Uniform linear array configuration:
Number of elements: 64
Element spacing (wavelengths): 0.75
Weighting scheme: uniform
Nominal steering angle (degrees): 15
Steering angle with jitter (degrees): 15.488
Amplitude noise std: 0.05
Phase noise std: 0.05

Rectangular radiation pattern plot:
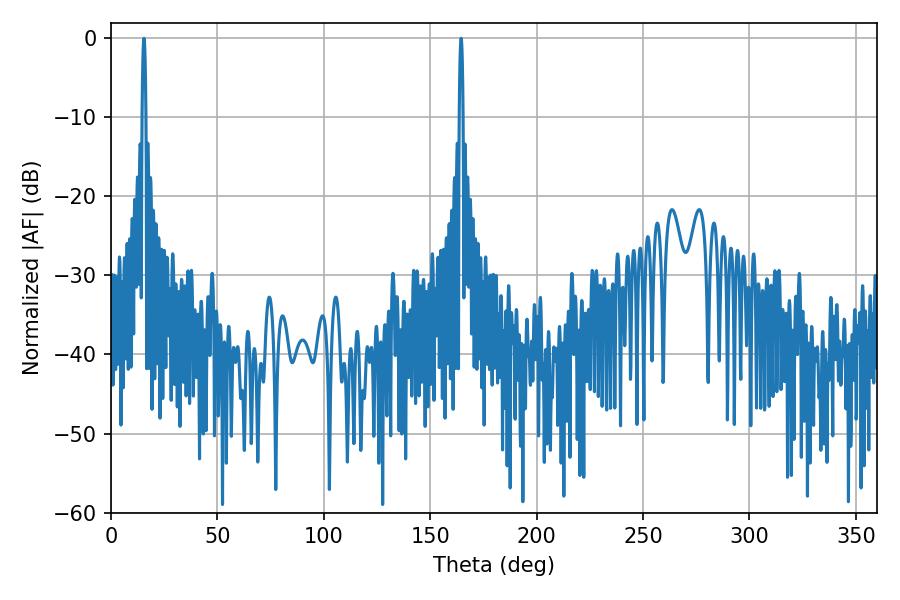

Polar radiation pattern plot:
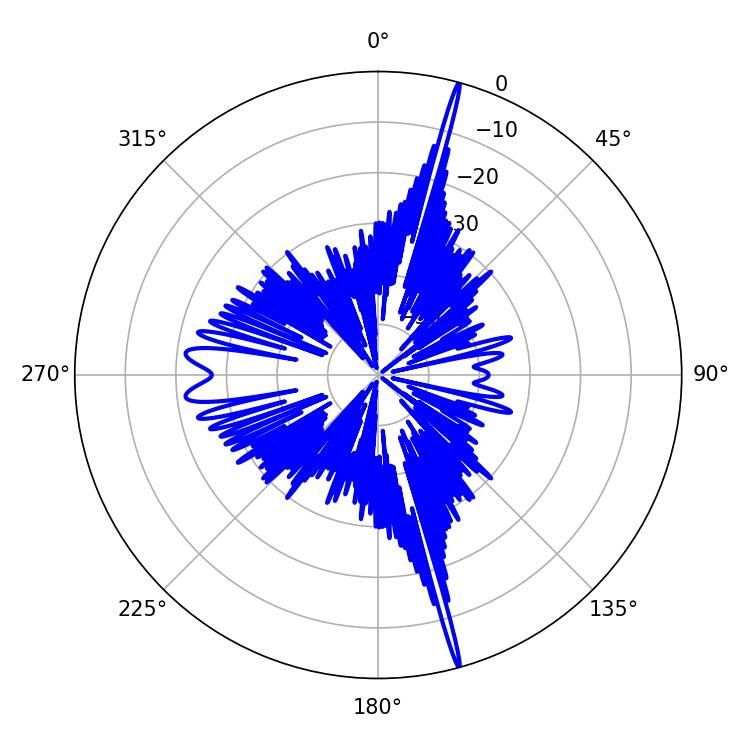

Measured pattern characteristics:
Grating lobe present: TRUE
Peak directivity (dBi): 23.401
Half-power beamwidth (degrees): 1.08
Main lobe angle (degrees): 15.48